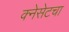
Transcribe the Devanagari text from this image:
क्नेसेटचा